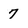
Character: 7